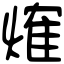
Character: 𤌍